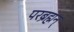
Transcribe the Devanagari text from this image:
परब्रह्मन्